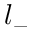
l _ { - }